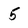
Character: 5